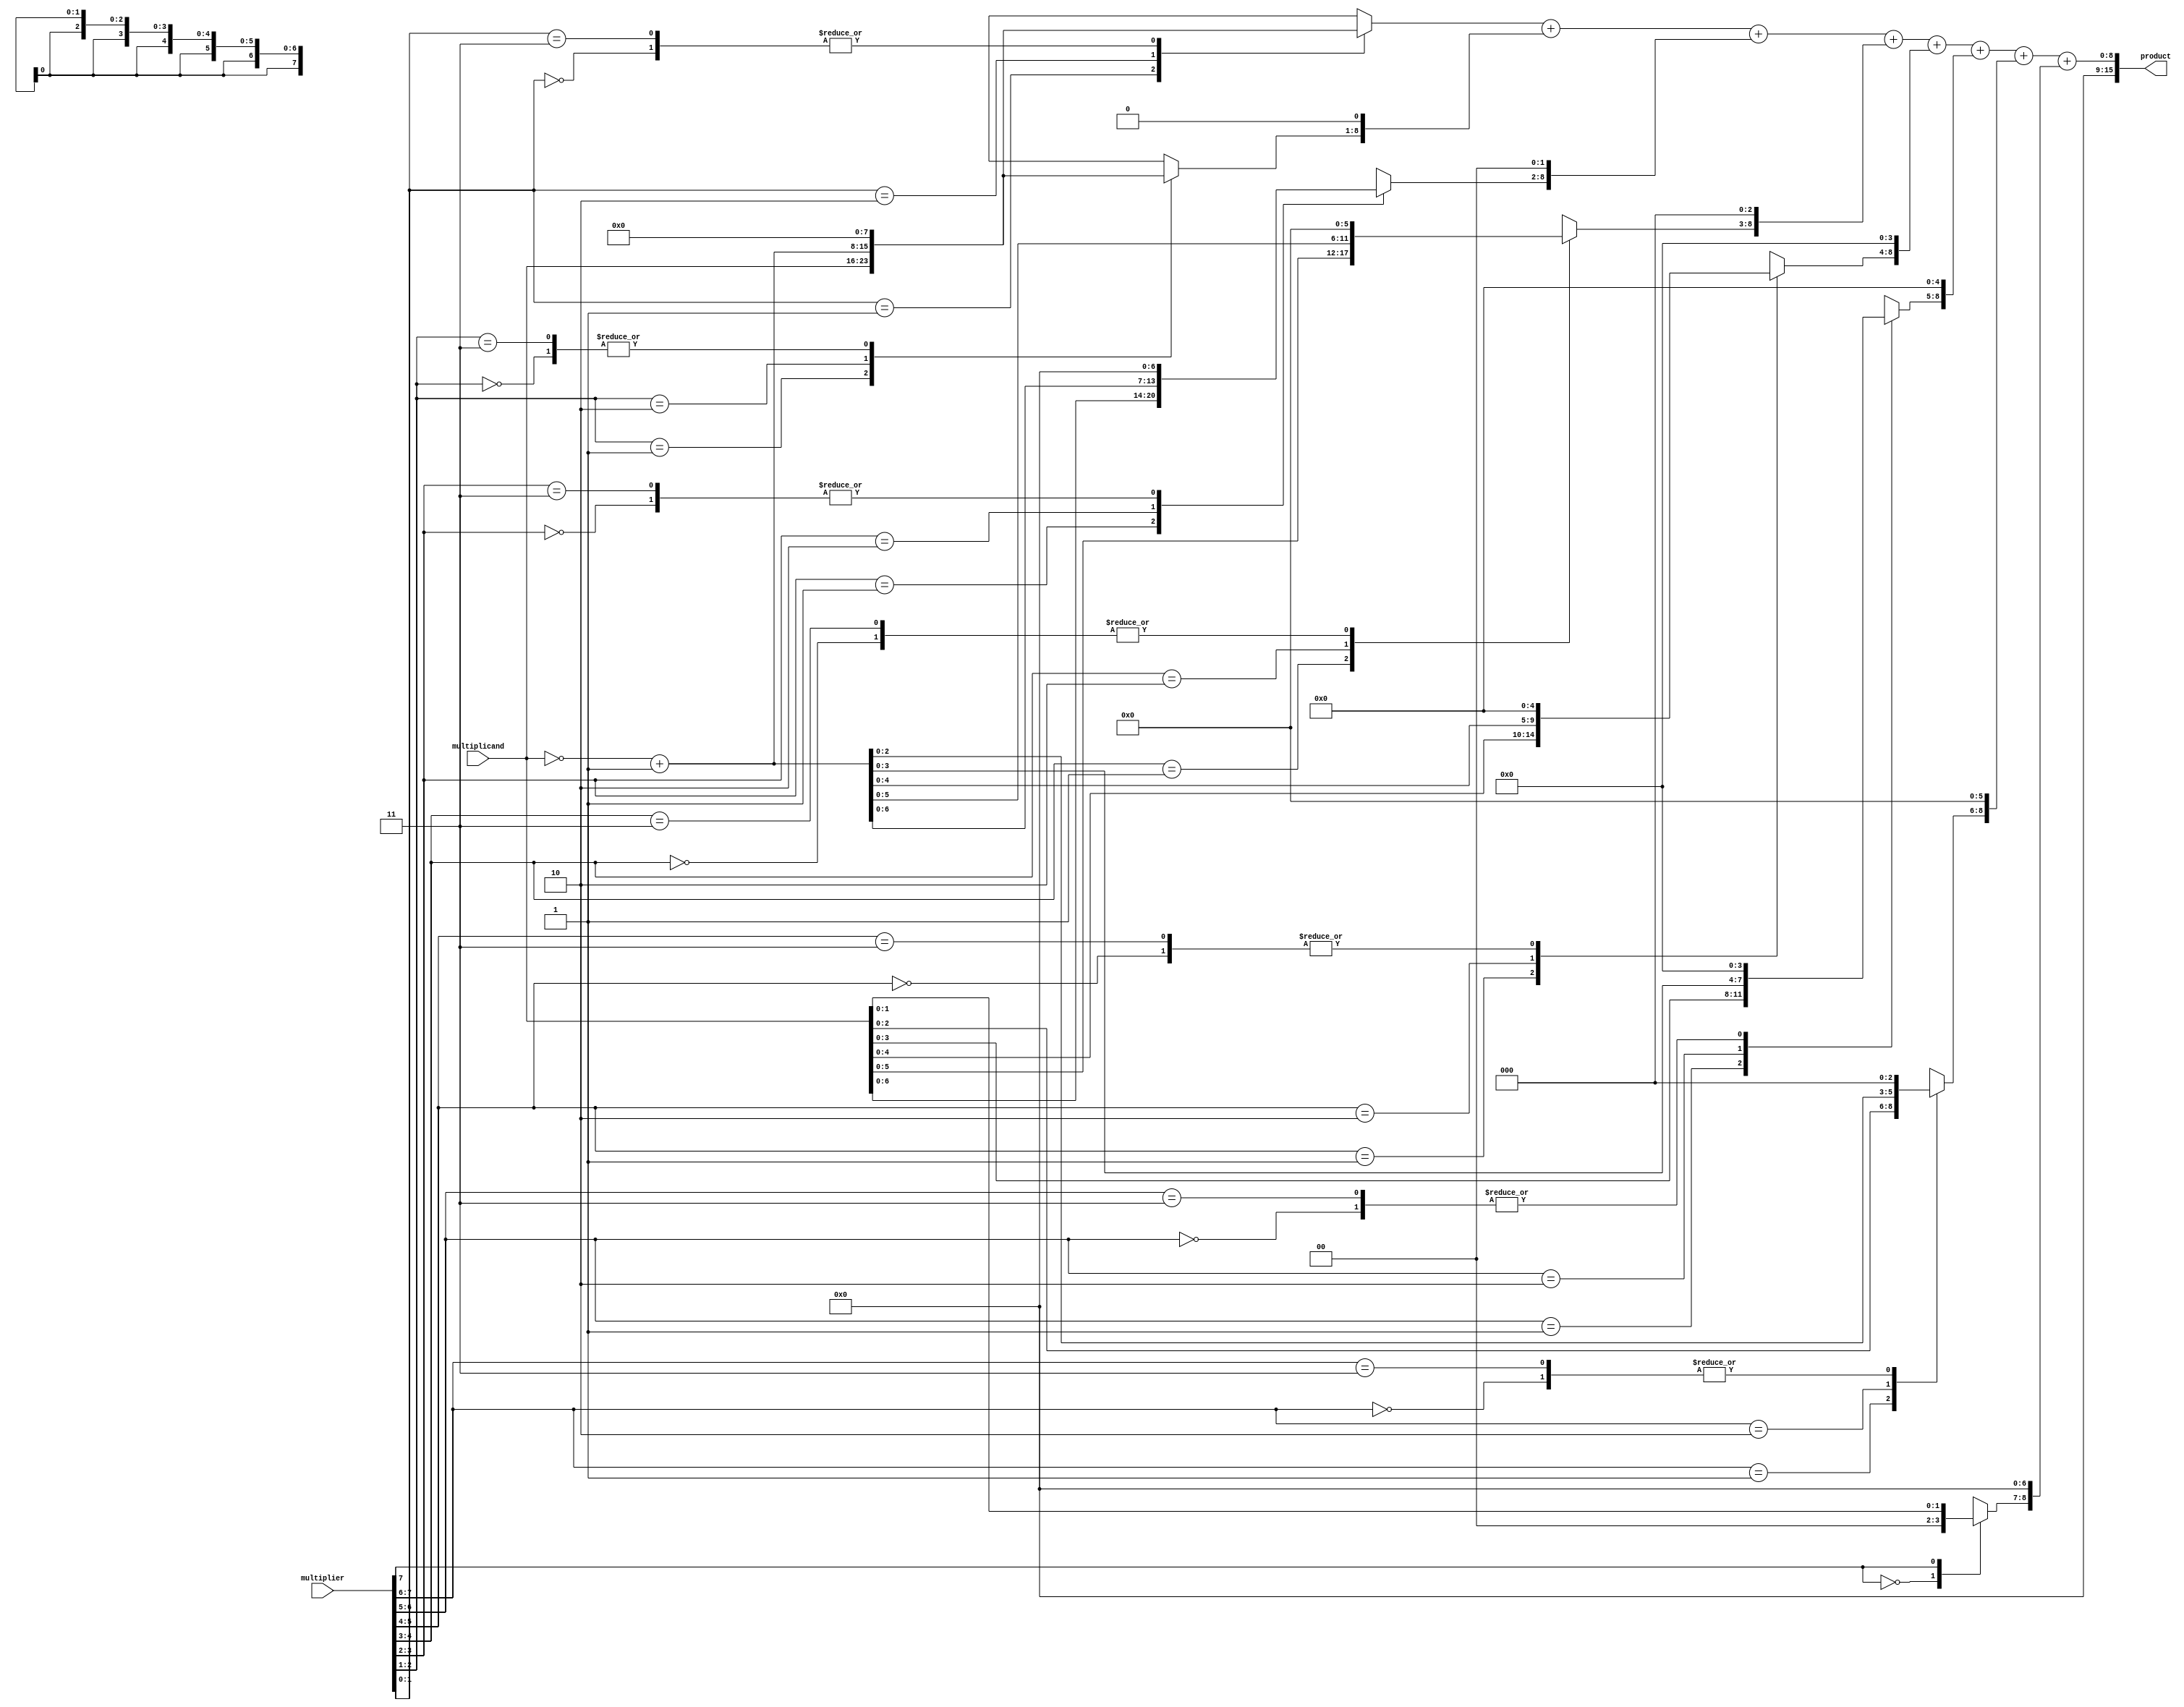
module booth_multiplier #(parameter WIDTH = 8) (
    input signed [WIDTH-1:0] multiplicand,
    input signed [WIDTH-1:0] multiplier,
    output signed [2*WIDTH-1:0] product
);
    // Internal signals
    reg [WIDTH-1:0] pp [0:WIDTH]; // Partial products
    reg [WIDTH:0] multiplier_ext; // Extended multiplier for Booth encoding
    reg [WIDTH:0] multiplicand_ext; // Extended multiplicand
    reg [WIDTH:0] sum [0:WIDTH]; // Sums for Wallace tree
    integer i;

    // Booth encoding logic
    always @(*) begin
        multiplier_ext = {1'b0, multiplier}; // Extend multiplier
        multiplicand_ext = {1'b0, multiplicand}; // Extend multiplicand
        // Initialize partial products
        for (i = 0; i < WIDTH; i = i + 1) begin
            pp[i] = 0;
        end

        // Generate partial products based on Booth's algorithm
        for (i = 0; i < WIDTH; i = i + 1) begin
            case (multiplier_ext[i+1:i])
                2'b00: pp[i] = 0; // Do nothing
                2'b01: pp[i] = multiplicand_ext; // Add multiplicand
                2'b10: pp[i] = ~multiplicand_ext + 1'b1; // Subtract multiplicand
                2'b11: pp[i] = 0; // Do nothing
            endcase
        end
    end

    // Wallace tree reduction
    always @(*) begin
        // Initialize sums
        for (i = 0; i < WIDTH; i = i + 1) begin
            sum[i] = 0;
        end

        // Stage 1: Sum partial products
        for (i = 0; i < WIDTH; i = i + 1) begin
            sum[i] = pp[i] << i; // Shift partial products
        end

        // Stage 2: Reduce using carry-save adders
        // This is a simplistic reduction, a full Wallace tree would require more stages
        // Here we just sum the first three and propagate the carry
        for (i = 0; i < WIDTH-1; i = i + 1) begin
            sum[i+1] = sum[i] + sum[i+1];
        end
    end

    // Final addition
    assign product = sum[WIDTH-1]; // Final product output

endmodule